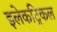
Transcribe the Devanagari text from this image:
इलेकट्रिकल